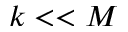
k < < M